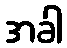
အခါ